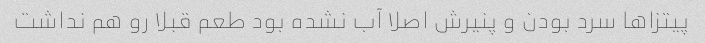
پیتزاها سرد بودن و پنیرش اصلا آب نشده بود طعم قبلا رو هم نداشت